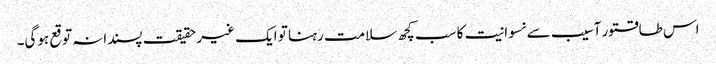
اس طاقتور آسیب سے نسوانیت کا سب کچھ سلامت رہنا تو ایک غیر حقیقت پسندانہ توقع ہوگی۔